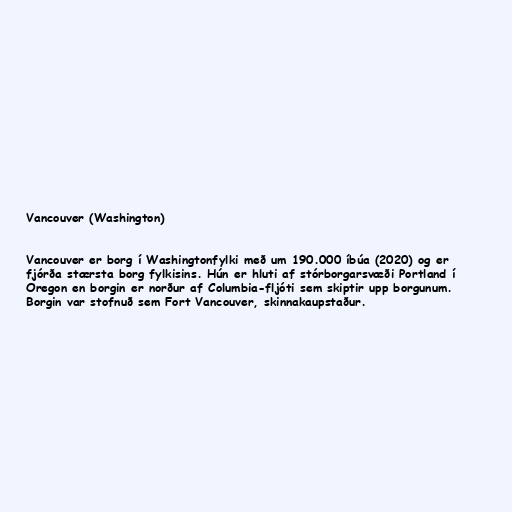
Vancouver (Washington)

Vancouver er borg í Washingtonfylki með um 190.000 íbúa (2020) og er
fjórða stærsta borg fylkisins. Hún er hluti af stórborgarsvæði Portland í
Oregon en borgin er norður af Columbia-fljóti sem skiptir upp borgunum.
Borgin var stofnuð sem Fort Vancouver, skinnakaupstaður.